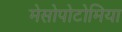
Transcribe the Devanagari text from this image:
मेसोपोटोमिया